Annual administration report of the Civil Veterinary Department of India - 1900-1901
Year: 1900
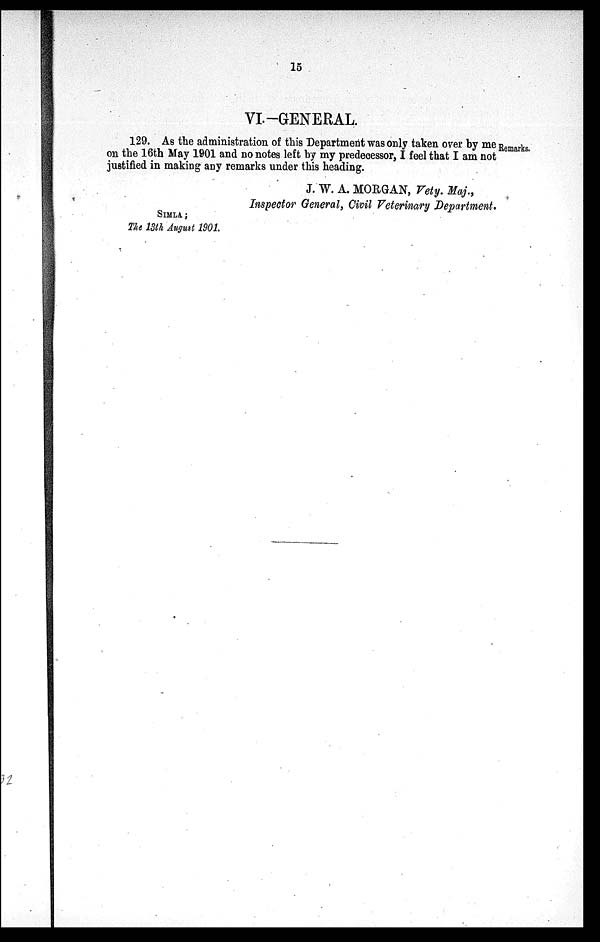
15
VI.-GENERAL.
Remarks.
129. As the administration of this Department was only taken over by me
on the 16th May 1901 and no notes left by my predecessor, I feel that I am not
justified in making any remarks under this heading.
J. W. A. MORGAN, Vety. Maj.,
Inspector General, Civil Veterinary Department.
SIMLA ;
The 13th August 1901.